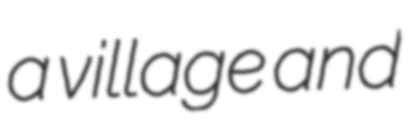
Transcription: a village and